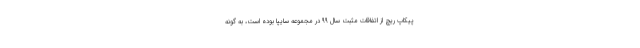
پیکاپ ریچ از اتفاقات مثبت سال ۹۹ در مجموعه سايپا بوده است، به گونه